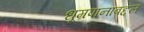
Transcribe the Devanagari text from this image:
धूम्रपानाबद्दल